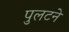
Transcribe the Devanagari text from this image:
पुलटने